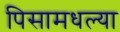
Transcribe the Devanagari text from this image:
पिसामधल्या